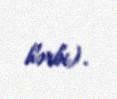
hərbi).